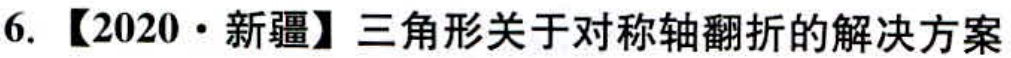
6. 【2020·新疆】三角形关于对称轴翻折的解决方案